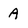
Character: A